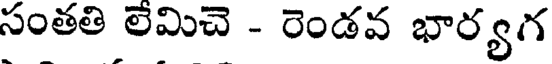
సంతతి లేమిచె - రెండవ భార్యగ